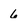
Character: 6